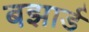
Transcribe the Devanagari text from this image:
बझार्ड